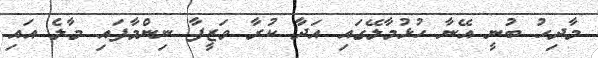
މާދިހު ބުނީ އޭނާ ހުޅުމާލޭގައި އަދާ ކުރާ ވަޒީފާ ނިންމާފައި މާލެ އައި